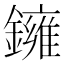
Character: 𬬑